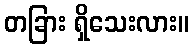
တခြား ရှိသေးလား။